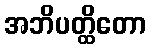
အဘိပတ္ထိတော